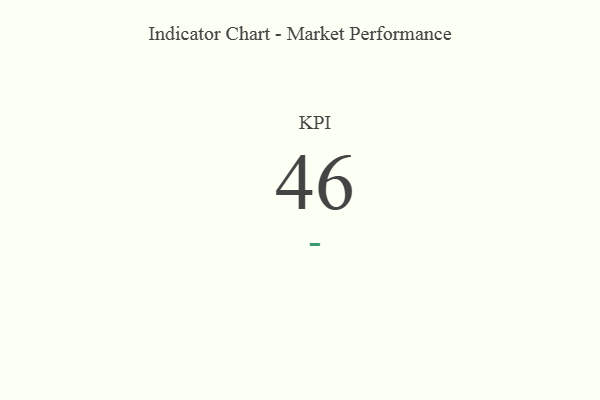
{"axis": {"x": "KPI", "y": "Value"}, "legend": [""], "data": [{"x": "KPI", "y": 46, "type": ""}]}